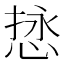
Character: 𫺖